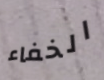
الخفاء